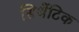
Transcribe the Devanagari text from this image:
सिथेंटिक